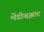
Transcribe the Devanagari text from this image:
भेंडीबझार